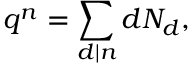
q ^ { n } = \sum _ { d \mid n } d N _ { d } ,